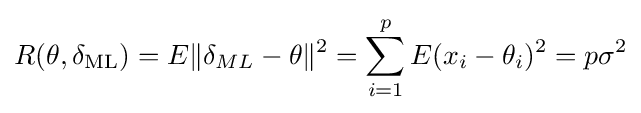
R(\theta ,\delta _{\text{ML}})=E{\|\delta _{ML}-\theta \|^{2}}=\sum _{i=1}^{p}E(x_{i}-\theta _{i})^{2}=p\sigma ^{2}